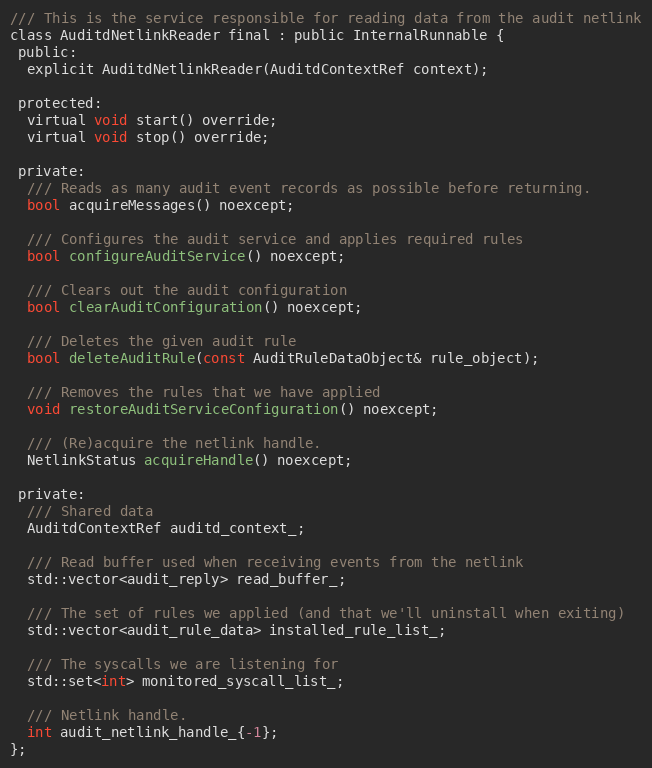
Language: C
/// This is the service responsible for reading data from the audit netlink
class AuditdNetlinkReader final : public InternalRunnable {
 public:
  explicit AuditdNetlinkReader(AuditdContextRef context);

 protected:
  virtual void start() override;
  virtual void stop() override;

 private:
  /// Reads as many audit event records as possible before returning.
  bool acquireMessages() noexcept;

  /// Configures the audit service and applies required rules
  bool configureAuditService() noexcept;

  /// Clears out the audit configuration
  bool clearAuditConfiguration() noexcept;

  /// Deletes the given audit rule
  bool deleteAuditRule(const AuditRuleDataObject& rule_object);

  /// Removes the rules that we have applied
  void restoreAuditServiceConfiguration() noexcept;

  /// (Re)acquire the netlink handle.
  NetlinkStatus acquireHandle() noexcept;

 private:
  /// Shared data
  AuditdContextRef auditd_context_;

  /// Read buffer used when receiving events from the netlink
  std::vector<audit_reply> read_buffer_;

  /// The set of rules we applied (and that we'll uninstall when exiting)
  std::vector<audit_rule_data> installed_rule_list_;

  /// The syscalls we are listening for
  std::set<int> monitored_syscall_list_;

  /// Netlink handle.
  int audit_netlink_handle_{-1};
};